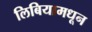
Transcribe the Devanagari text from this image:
लिबियामधून